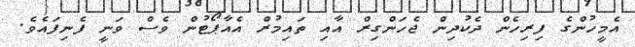
އެމީހުންގެ ފިރިހެން ދެކުދިން ޖެހަންގިރް އާއި ތައިމުރް އެއާޕޯޓުން ވެސް ވަނީ ފެނިފައެވެ.